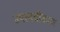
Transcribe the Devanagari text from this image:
उपत्वचीकरण